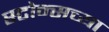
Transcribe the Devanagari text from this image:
स्टोन्सच्या